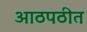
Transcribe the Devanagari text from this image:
आठपठीत